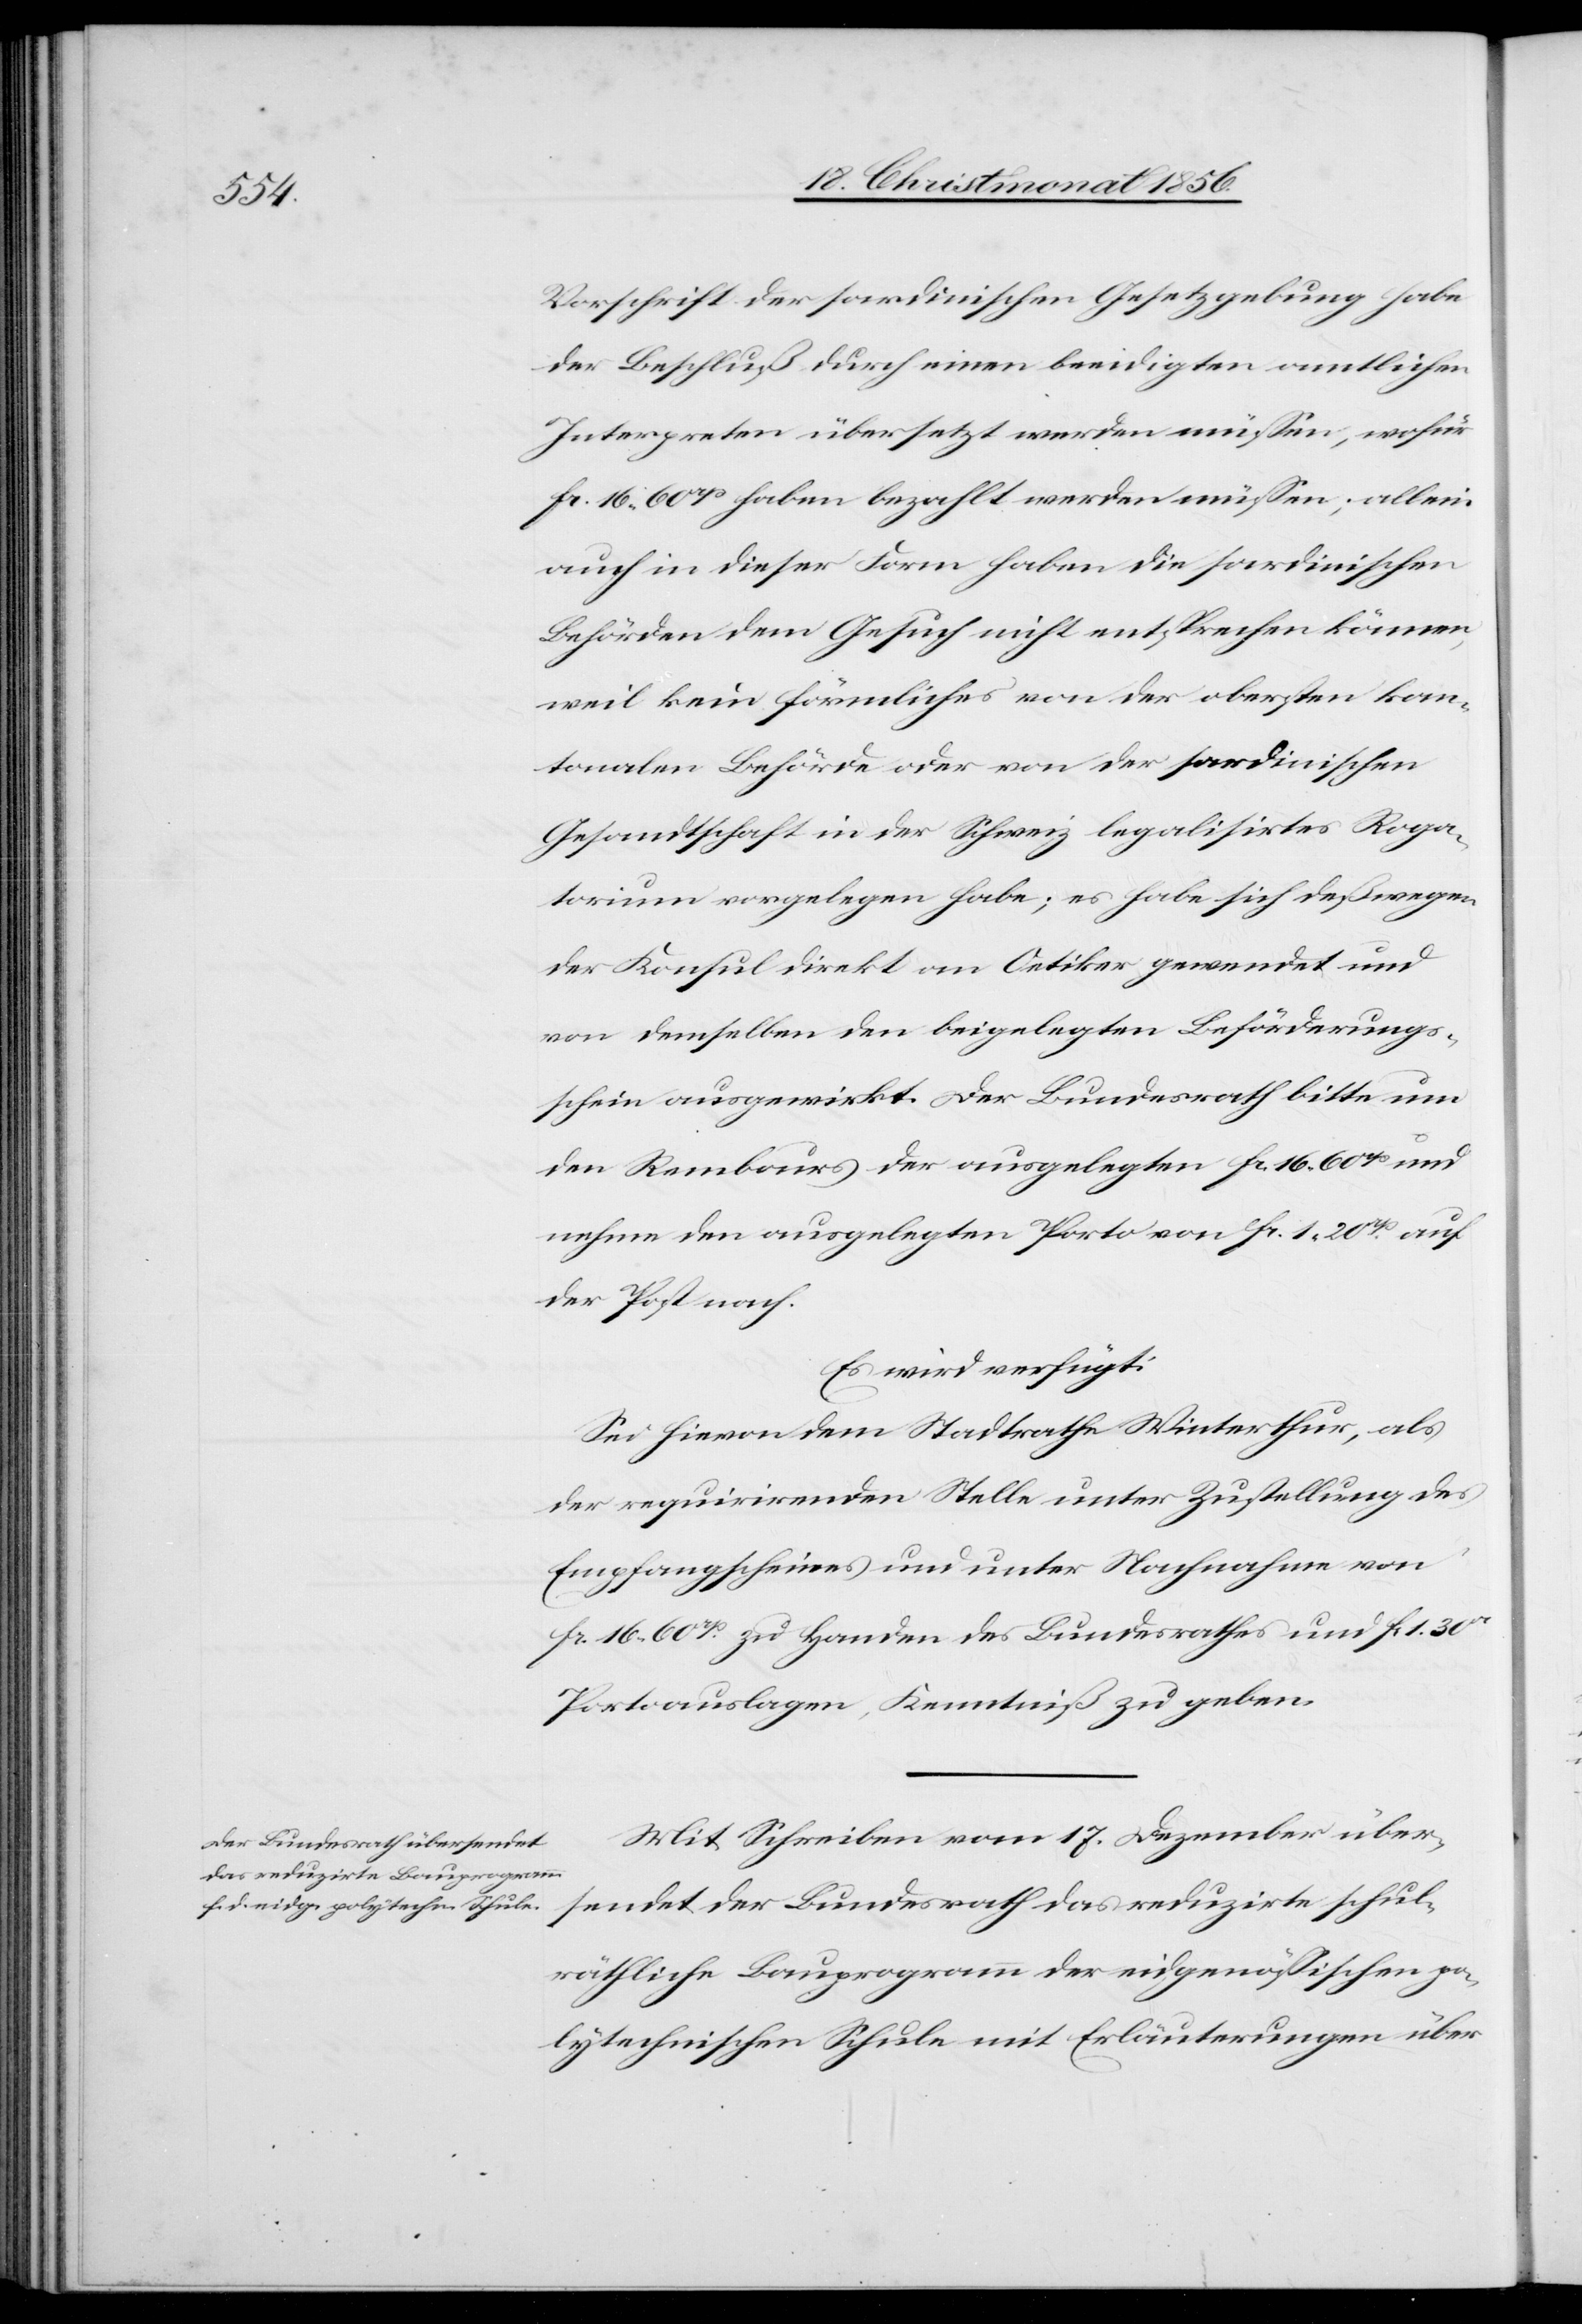
19. Christmonat 1856.]
Vorschrift der sardinischen Gesetzgebung habe
der Beschluß durch einen beeidigten amtlichen
Interpreten übersetzt werden müssen, wofür
fr. 16. 60rp haben bezahlt werden müssen; allein
auch in dieser Form haben die sardinischen
Behörden dem Gesuch nicht entsprechen können,
weil kein förmliches von der obersten kan¬
tonalen Behörde oder von der sardinischen
Gesandtschaft in der Schweiz legalisirtes Roga¬
torium vorgelegen habe; es habe sich deßwegen
der Konsul direkt an Oetiker gewendet und
von demselben den beigelegten Beförderungs¬
schein ausgewirkt. Der Bundesrath bitte um
den Rembours der ausgelegten fr. 16. 60rp und
nehme den ausgelegten Porto von fr. 1. 20rp auf
der Post nach.
Es wird verfügt:
Sei hievon dem Stadtrathe Winterthur, als
der requirirenden Stelle unter Zustellung des
Empfangscheines und unter Nachnahme von
fr. 16. 60rp zu Handen des Bundesrathes und fr 1. 30r
Portoauslagen, Kenntniß zu geben.
Mit Schreiben vom 17. Dezember über¬
sendet der Bundesrath das reduzirte schul¬
räthliche Bauprogramm der eidgenössischen po¬
lytechnischen Schule mit Erläuterungen über